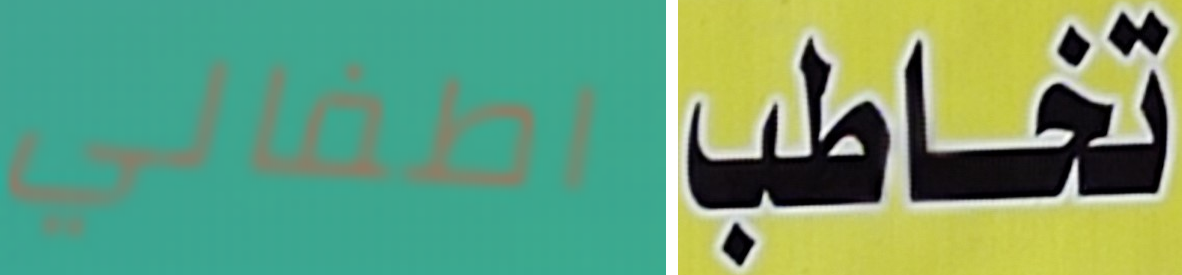
اطفالي تخاطب